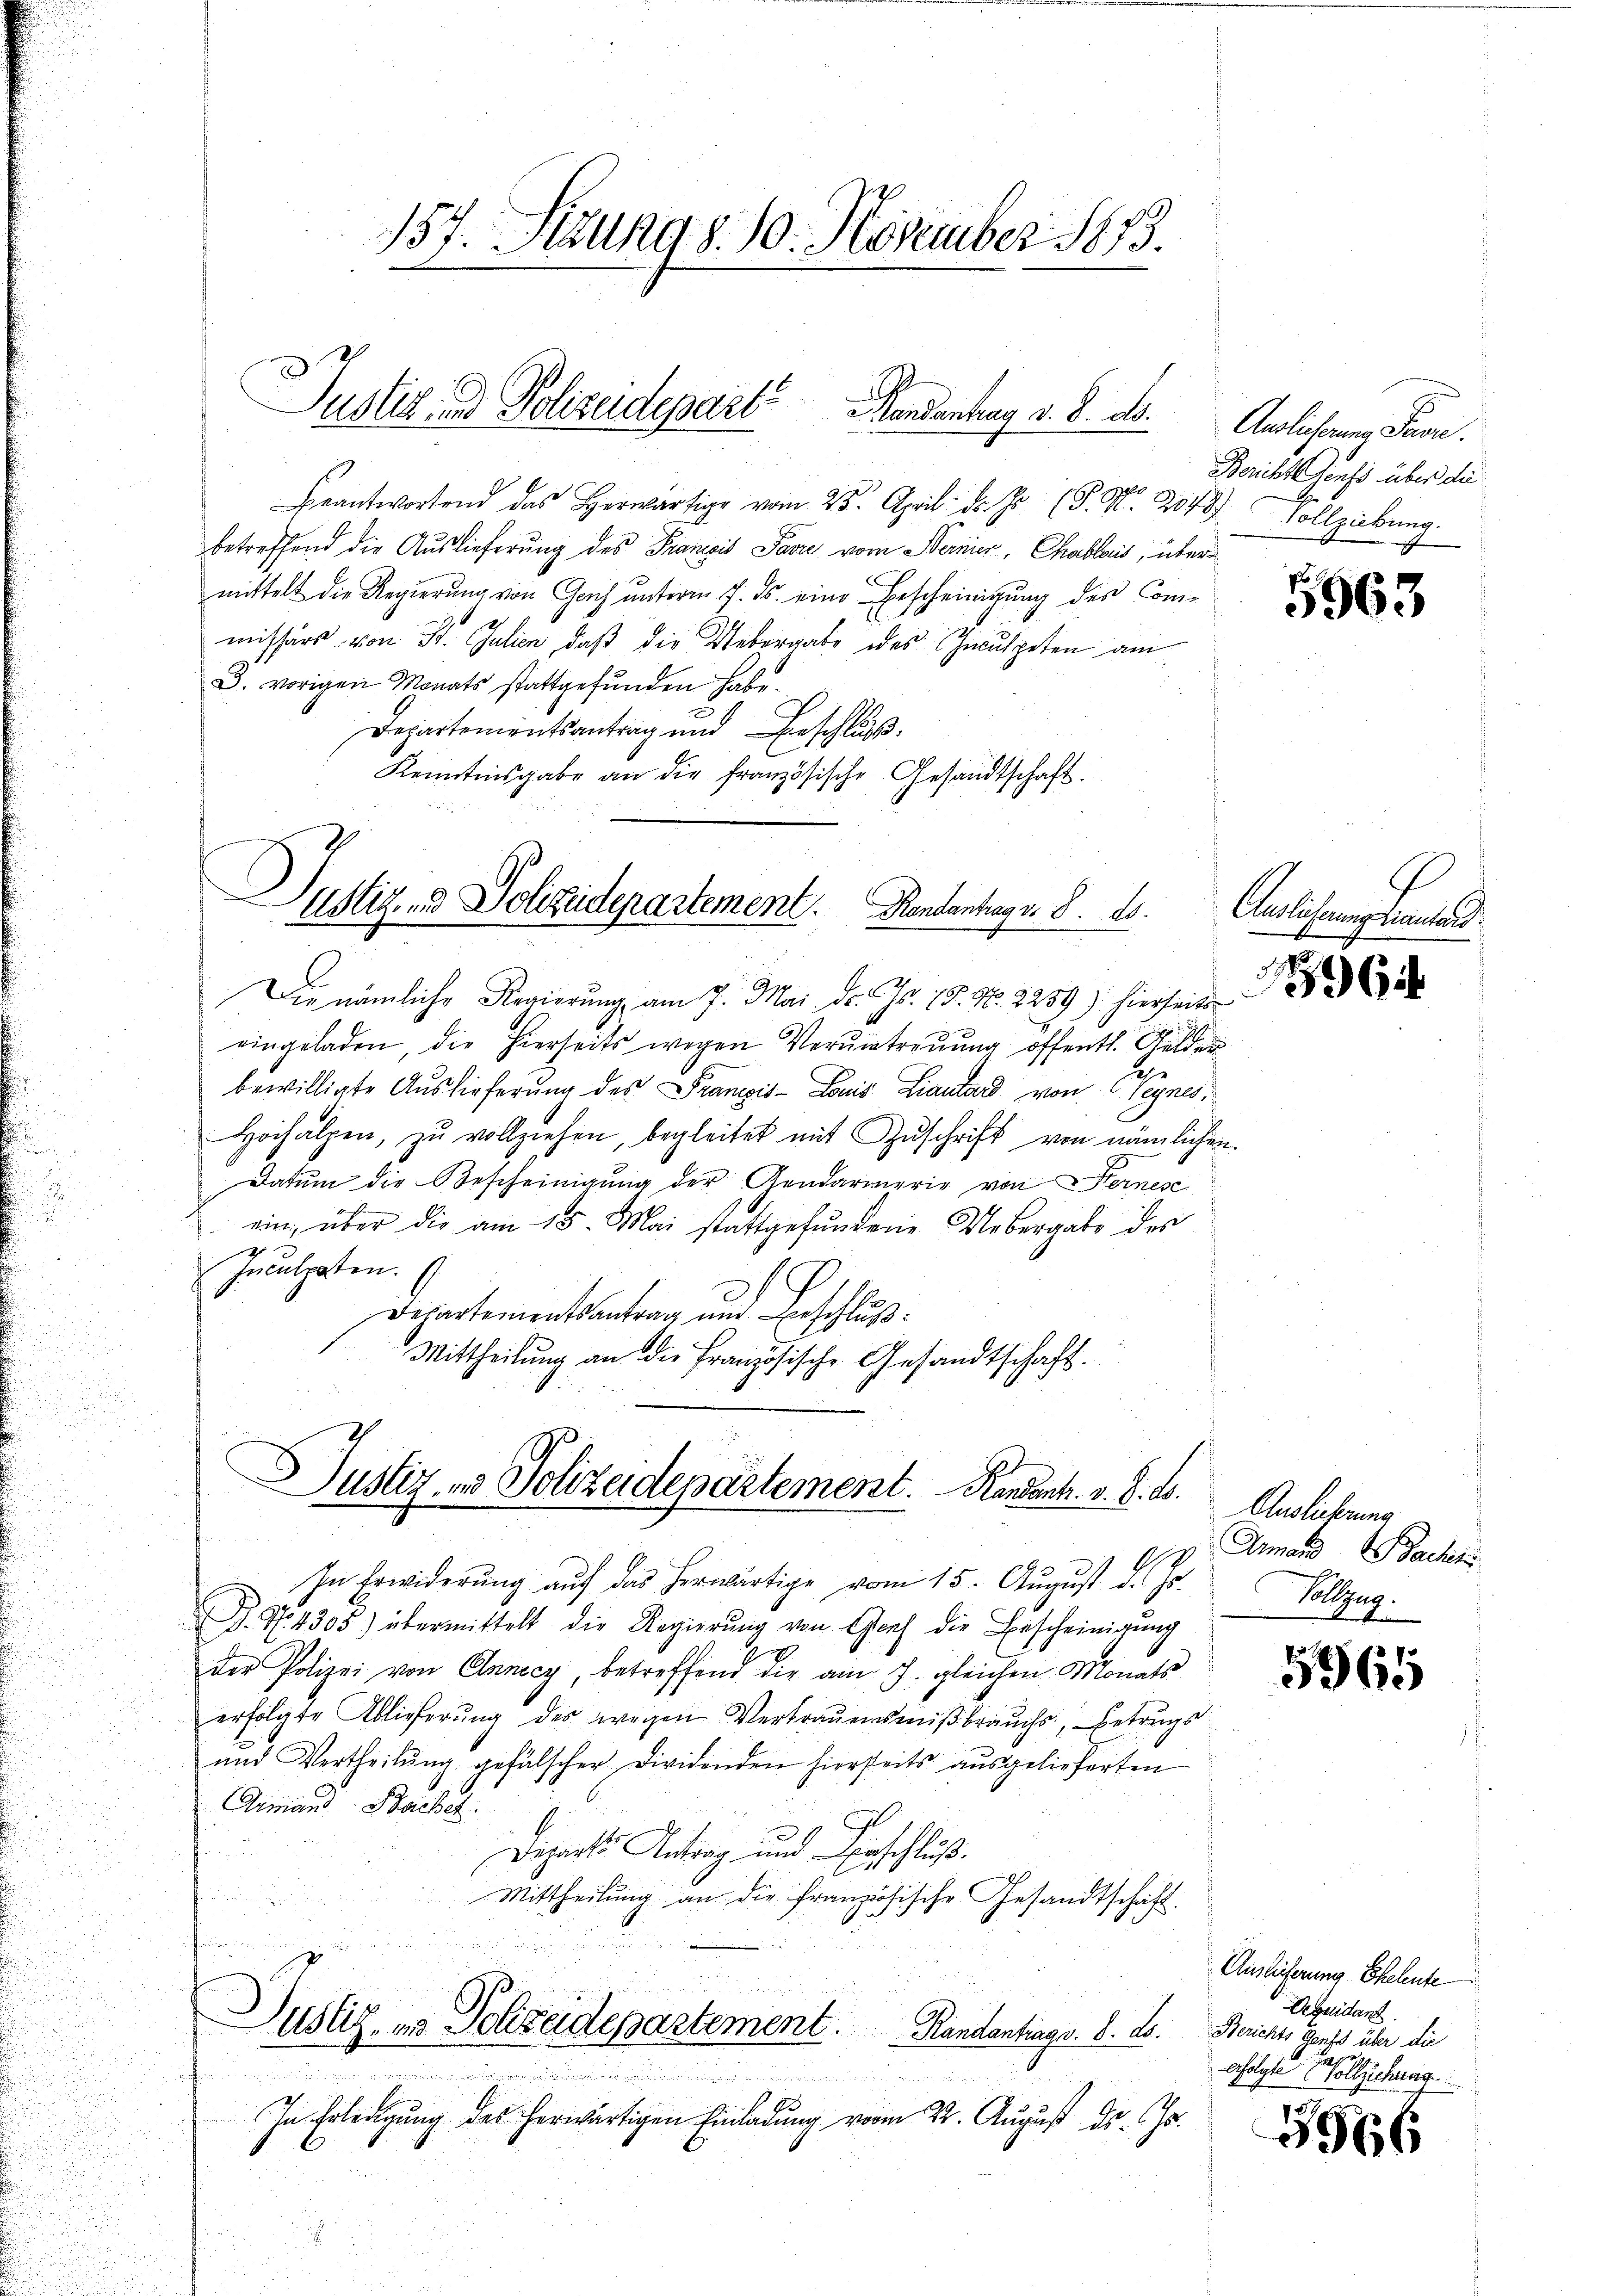
Justiz- & Polizeidepart andentrag v. 8. ds.

eantworten das Herr vom 25. April d. J. (S. Nr. 2042 Vollziehung
betreffend die Auslieferung des Pranici Pavić vom Sternier, Chablois, übermittelt die Regierung von Gach unterm 7. ds. eine Bescheinigung des Comd
missärs von St. Galien, daß die Uebergabe des Zinspeten am
3. vorigen Monats stattgefŭnden habe.
Departementsantrag und Beschlu
Kenntnisgabe an die französische Gesandtschaft.

Justiz- und Polizeidepartement. Rendenhag v. 8. ds.

Die nämliche Regierung am 7. Mai. Dr. Js. 15. No. 2259) hierseits
eingeladen, die hierseits wegen Veruntreuung öffentl. Gelder
bewilligte Auslieferung des Franzis-Louis Liautand von (Veynes.
Hochalpen, zŭ vollziehen, begleitet mit Zŭschrift von nämlichen
Datum die Bescheinigung der Gendarmerie von Sternese
ein, über die am 15. Mai stattgefundene Uebergabe des
Inculpaten.
Departementsantrag und Beschluß:
Mittheilung an die Französische Gesandtschaft.

Justiz- und Polizeidepartement.   Randant. v. S. 25. Auslicherung

157. Sitzung d. 10. November 1873.

In Erwiderŭng aŭf das herwärtige vom 15. Aŭgŭst d. Js.
. N. 4305) übermittelt die Regierŭng von Genf die Bescheinigŭng
der Polizei von Annecz, betreffend die am 7. gleichen Monats
erfolgte Ablieferung des wegen Vertrauensmißbrauchs, betrugs
and Vertheilŭng gefälscher Dividenden hierseits aŭsgelieferten
Aimann Backet.
Departs Antrag und Verschluß.
Mittheilung an die französische Gesandtschaft.
Justiz- und Polizeidepartement. Randantrags. 8. ds. Berichts Ganzes über die
imismus in seinen wer

198
In Erledigung des herwärtigen Einladung vom 22. August Dr. Js.

Auslichenen Pron.
Bericht Genso über die

5963

Auslicherung transtand.
964

Ammand Bachr
Vallzug.

5965

Auslieferung Eheleute
Dequidant.

erfolgte Vollziechinig

5966